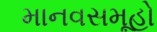
માનવસમૂહો